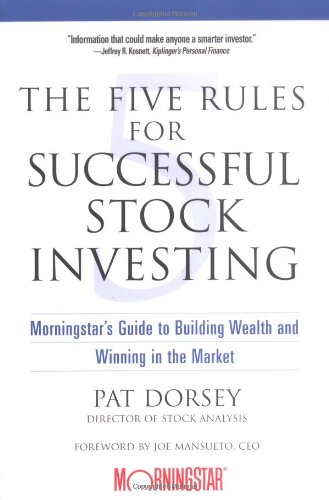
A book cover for The Five Rules for Successful Stock Investing: Morningstar's Guide to Building Wealth and Winning in the Market; Pat Dorsey; Business & Money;